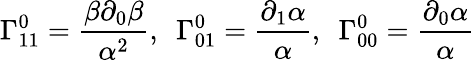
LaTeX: \Gamma_{11}^{0}=\frac{\beta\partial_{0}\beta}{\alpha^{2}},\ \ \Gamma_{01}^{0}=\frac{\partial_{1}\alpha}{\alpha},\ \ \Gamma_{00}^{0}=\frac{\partial_{0}\alpha}{\alpha}